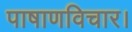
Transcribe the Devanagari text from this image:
पाषाणविचार।